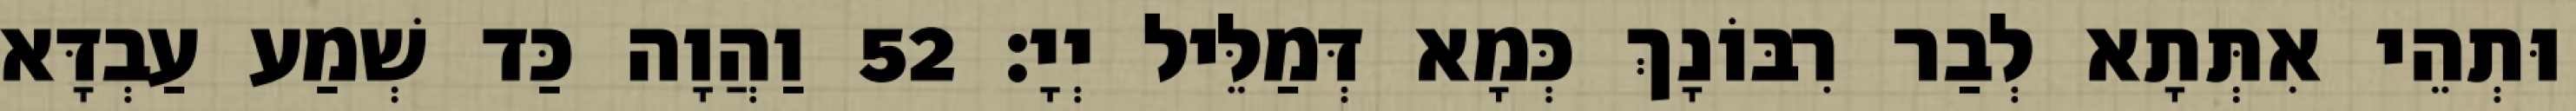
וּתְהֵי אִתְּתָא לְבַר רִבּוֹנָךְ כְּמָא דְּמַלֵּיל יְיָ׃ 52 וַהֲוָה כַּד שְׁמַע עַבְדָּא